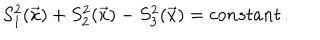
S _ { 1 } ^ { 2 } ( \vec { x } ) + S _ { 2 } ^ { 2 } ( \vec { x } ) - S _ { 3 } ^ { 2 } ( \vec { x } ) = c o n s t a n t \, .